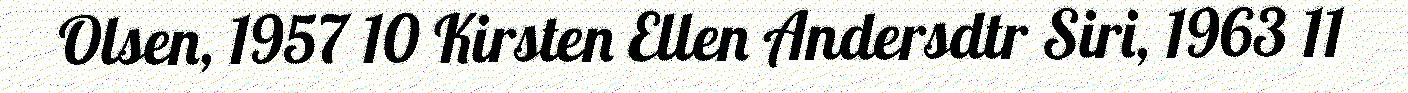
Olsen, 1957 10 Kirsten Ellen Andersdtr Siri, 1963 11